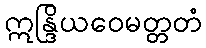
ဣန္ဒြိယဝေမတ္တတံ